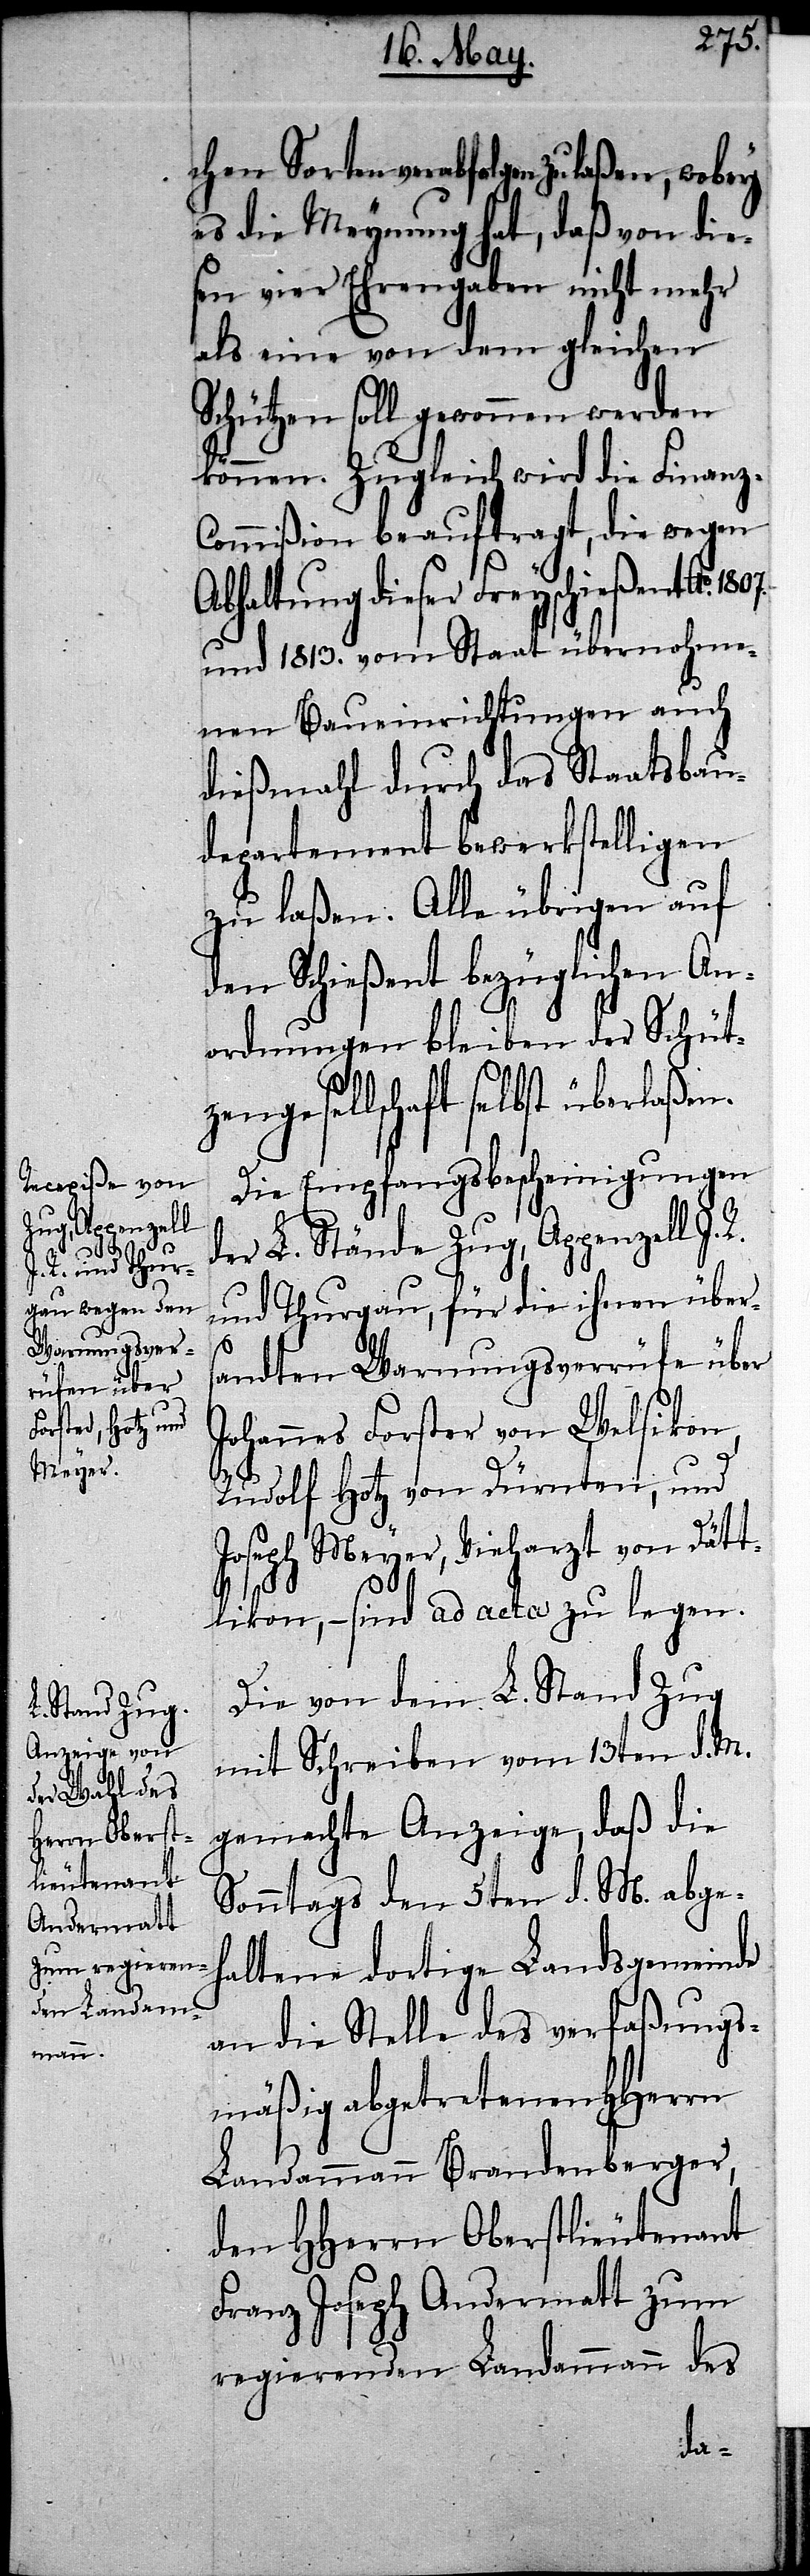
chen Sorten verabfolgen zu laßen, wobey
es die Meynung hat, daß von die¬
sen vier Ehrengaben nicht mehr
als eine von dem gleichen
Schützen soll gewonnen werden
können. Zugleich wird die Finanz-C¬
ommißion beauftragt, die wegen
Abhaltung dieser Freyschießent Ao.
und 1813. vom Staat übernohme¬
nen Baueinrichtungen auch
dießmahl durch das Staatsbau¬
departement bewerkstelligen
zu laßen. Alle übrigen auf
den Schießent bezüglichen An¬
ordnungen bleiben der Schütz¬
engesellschaft selbst überlaßen.
Die Empfangsbescheinigungen
der L. Stände Zug, Appenzell I.
und Thurgau, für die ihnen übers¬
1807.
andten Warnungsverrüfe über
Johannes Forster von Welsikon,
Rudolf Hotz von Dürnten, und
Joseph Meyer, Vieharzt von Dätt¬
likon, – sind ad acta zu legen.
Die von dem L. Stand Zug
mit Schreiben vom 13ten d. M.
gemachte Anzeige, daß die
Sonntags den 5ten d. M. abge¬
haltene dortige Landsgemeinde
an die Stelle des verfaßungs¬
mäßig abgetretenen HHerrn
Landammann Brandenberger,
den HHerrn Oberstlieutenant
Franz Joseph Andermatt zum
regierenden Landammann des